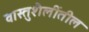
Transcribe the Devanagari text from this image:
वास्तुशैलींतील